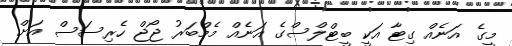
މީގެ އަނެއް ގިޓާ އަކީ ބީޓްލްސްގެ އަނެއް މެމްބަރު ޖޯޖް ހެރިސަސް އަށް